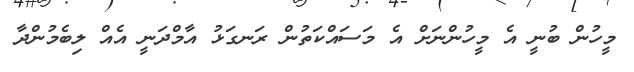
މީހުން ބުނީ އެ މީހުންނަށް އެ މަސައްކަތުން ރަނގަޅު އާމްދަނީ އެއް ލިބެމުންދާ